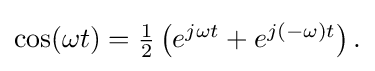
{\textstyle \cos(\omega t)={\frac {1}{2}}\left(e^{j\omega t}+e^{j(-\omega )t}\right).}